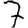
Digit: 7